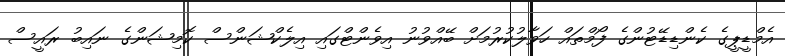
އެމްޑީޕީގެ ކެންޑިޑޭޓުންގެ ފޯމްތައް ހަވާލުކުރުމަށް ބޭއްވުނު އިވެންޓްގައި އިލެކްޝަންސް ކޮމިޝަންގެ ނައިބު ރައީސް